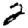
Digit: 2